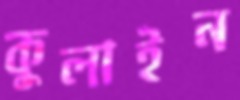
কুলাইন